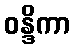
ဝန္ဒိကာ